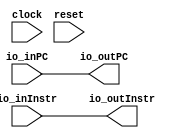
module ifStage(
  input         clock,
  input         reset,
  input  [31:0] io_inPC,
  input  [31:0] io_inInstr,
  output [31:0] io_outPC,
  output [31:0] io_outInstr
);
  assign io_outPC = io_inPC; // @[idStage.scala 13:15]
  assign io_outInstr = io_inInstr; // @[idStage.scala 14:15]
endmodule